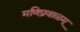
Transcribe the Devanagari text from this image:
मणिप्रवाळम्